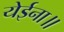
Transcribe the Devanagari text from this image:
येईना॥